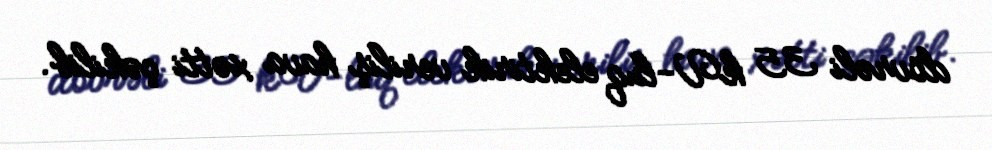
dövrəli 35 kV-luq elektirik veriliş hava xətti çəkilib.